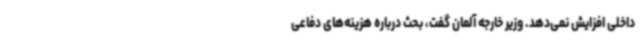
داخلی افزایش نمی‌دهد. وزیر خارجه آلمان گفت، بحث درباره هزینه‌های دفاعی